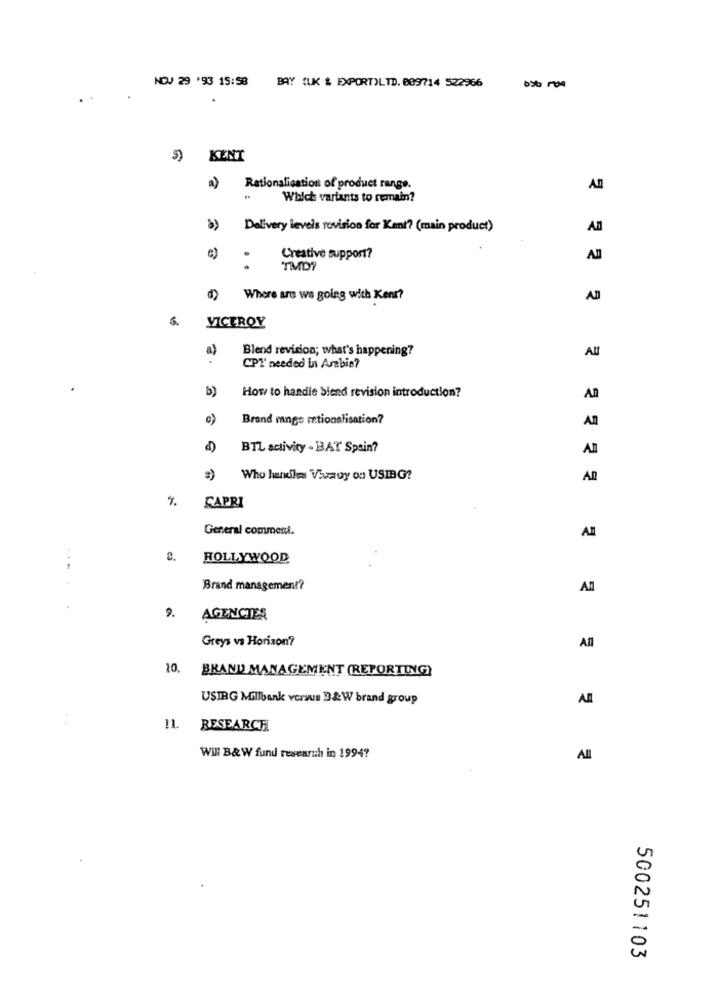
NOV 29 '93 15:58
BAY (UK & EXPORT)LTD. 809714 522966
5)
KENT
a)
Rationalisation of product range.
Which variants to remain?
Delivery levels revision for Kent? (main product)
All
e)
.
Creative support?
All
TMDY
Where are we going with Kent?
S.
VICEROY
a)
Blend revision; what's happening?
CPT' needed in Arabia?
b)
How to handle biend revision introduction?
AD
c)
Brand mngo rationalisation?
BTL activity - BAT Spain?
All
Who hundless Viaoy oo USIBG?
A0
%
CAPRI
General comment.
All
2. HOLLYWOOD
Brand management?
All
9.
AGENCIES
Greys vs Horizon?
AR
10. BRAND MANAGEMENT (REPORTING)
USING Millbank versus B&W brand group
AR
:
11. RESEARCH
Will B&W fund research in 1994?
All
500251103